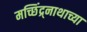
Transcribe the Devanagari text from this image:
मच्छिंद्र्नाथाच्या